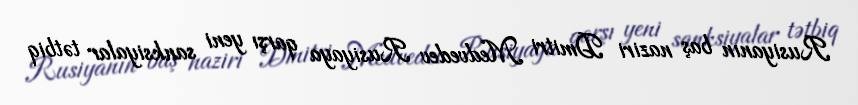
Rusiyanın baş naziri Dmitri Medvedev Rusiyaya qarşı yeni sanksiyalar tətbiq